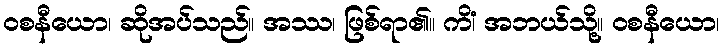
ဝစနီယော၊ ဆိုအပ်သည်။ အဿ၊ ဖြစ်ရာ၏။ ကိံ၊ အဘယ်သို့။ ဝစနီယော၊